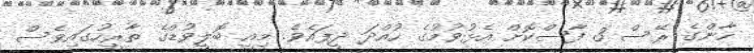
ހާންގެ ރޭސް 3 ފާސްކޮށް އެޅުވުމުގެ ހުއްދަ ދީފައެވެ. މިއީ ބޮލީވުޑްގެ ތާރީހުގައިވެސް